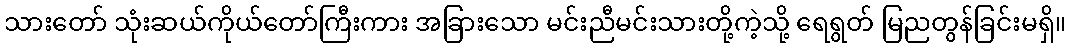
သားတော် သုံးဆယ်ကိုယ်တော်ကြီးကား အခြားသော မင်းညီမင်းသားတို့ကဲ့သို့ ရေရွတ် မြညတွန်ခြင်းမရှိ။